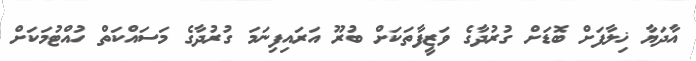
އާދަޔާ ޚިލާފަށް ބޮޑަށް ގުރުދާގެ ވަޒީފާތަކަށް ބުރޫ އަރައިފިނަމަ ގުރުދާގެ މަސައްކަތް ހުއްޓުމަކަށް